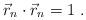
LaTeX: \begin{align*}\vec{r}_{n}\cdot \vec{r}_{n}=1~. \end{align*}